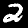
Digit: 2